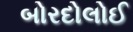
બોરદોલોઈ